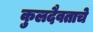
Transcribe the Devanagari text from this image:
कुलदैवताचे